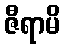
ဇီရာမိ